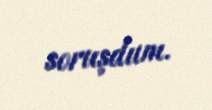
soruşdum.